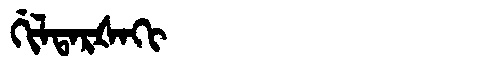
Manchu: ᡤᡳᠯᡨᠠᡵᡧᠠᡴᡳ
Romanization: GILTARŠAKI